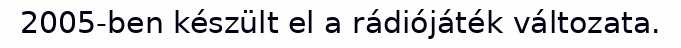
2005-ben készült el a rádiójáték változata.